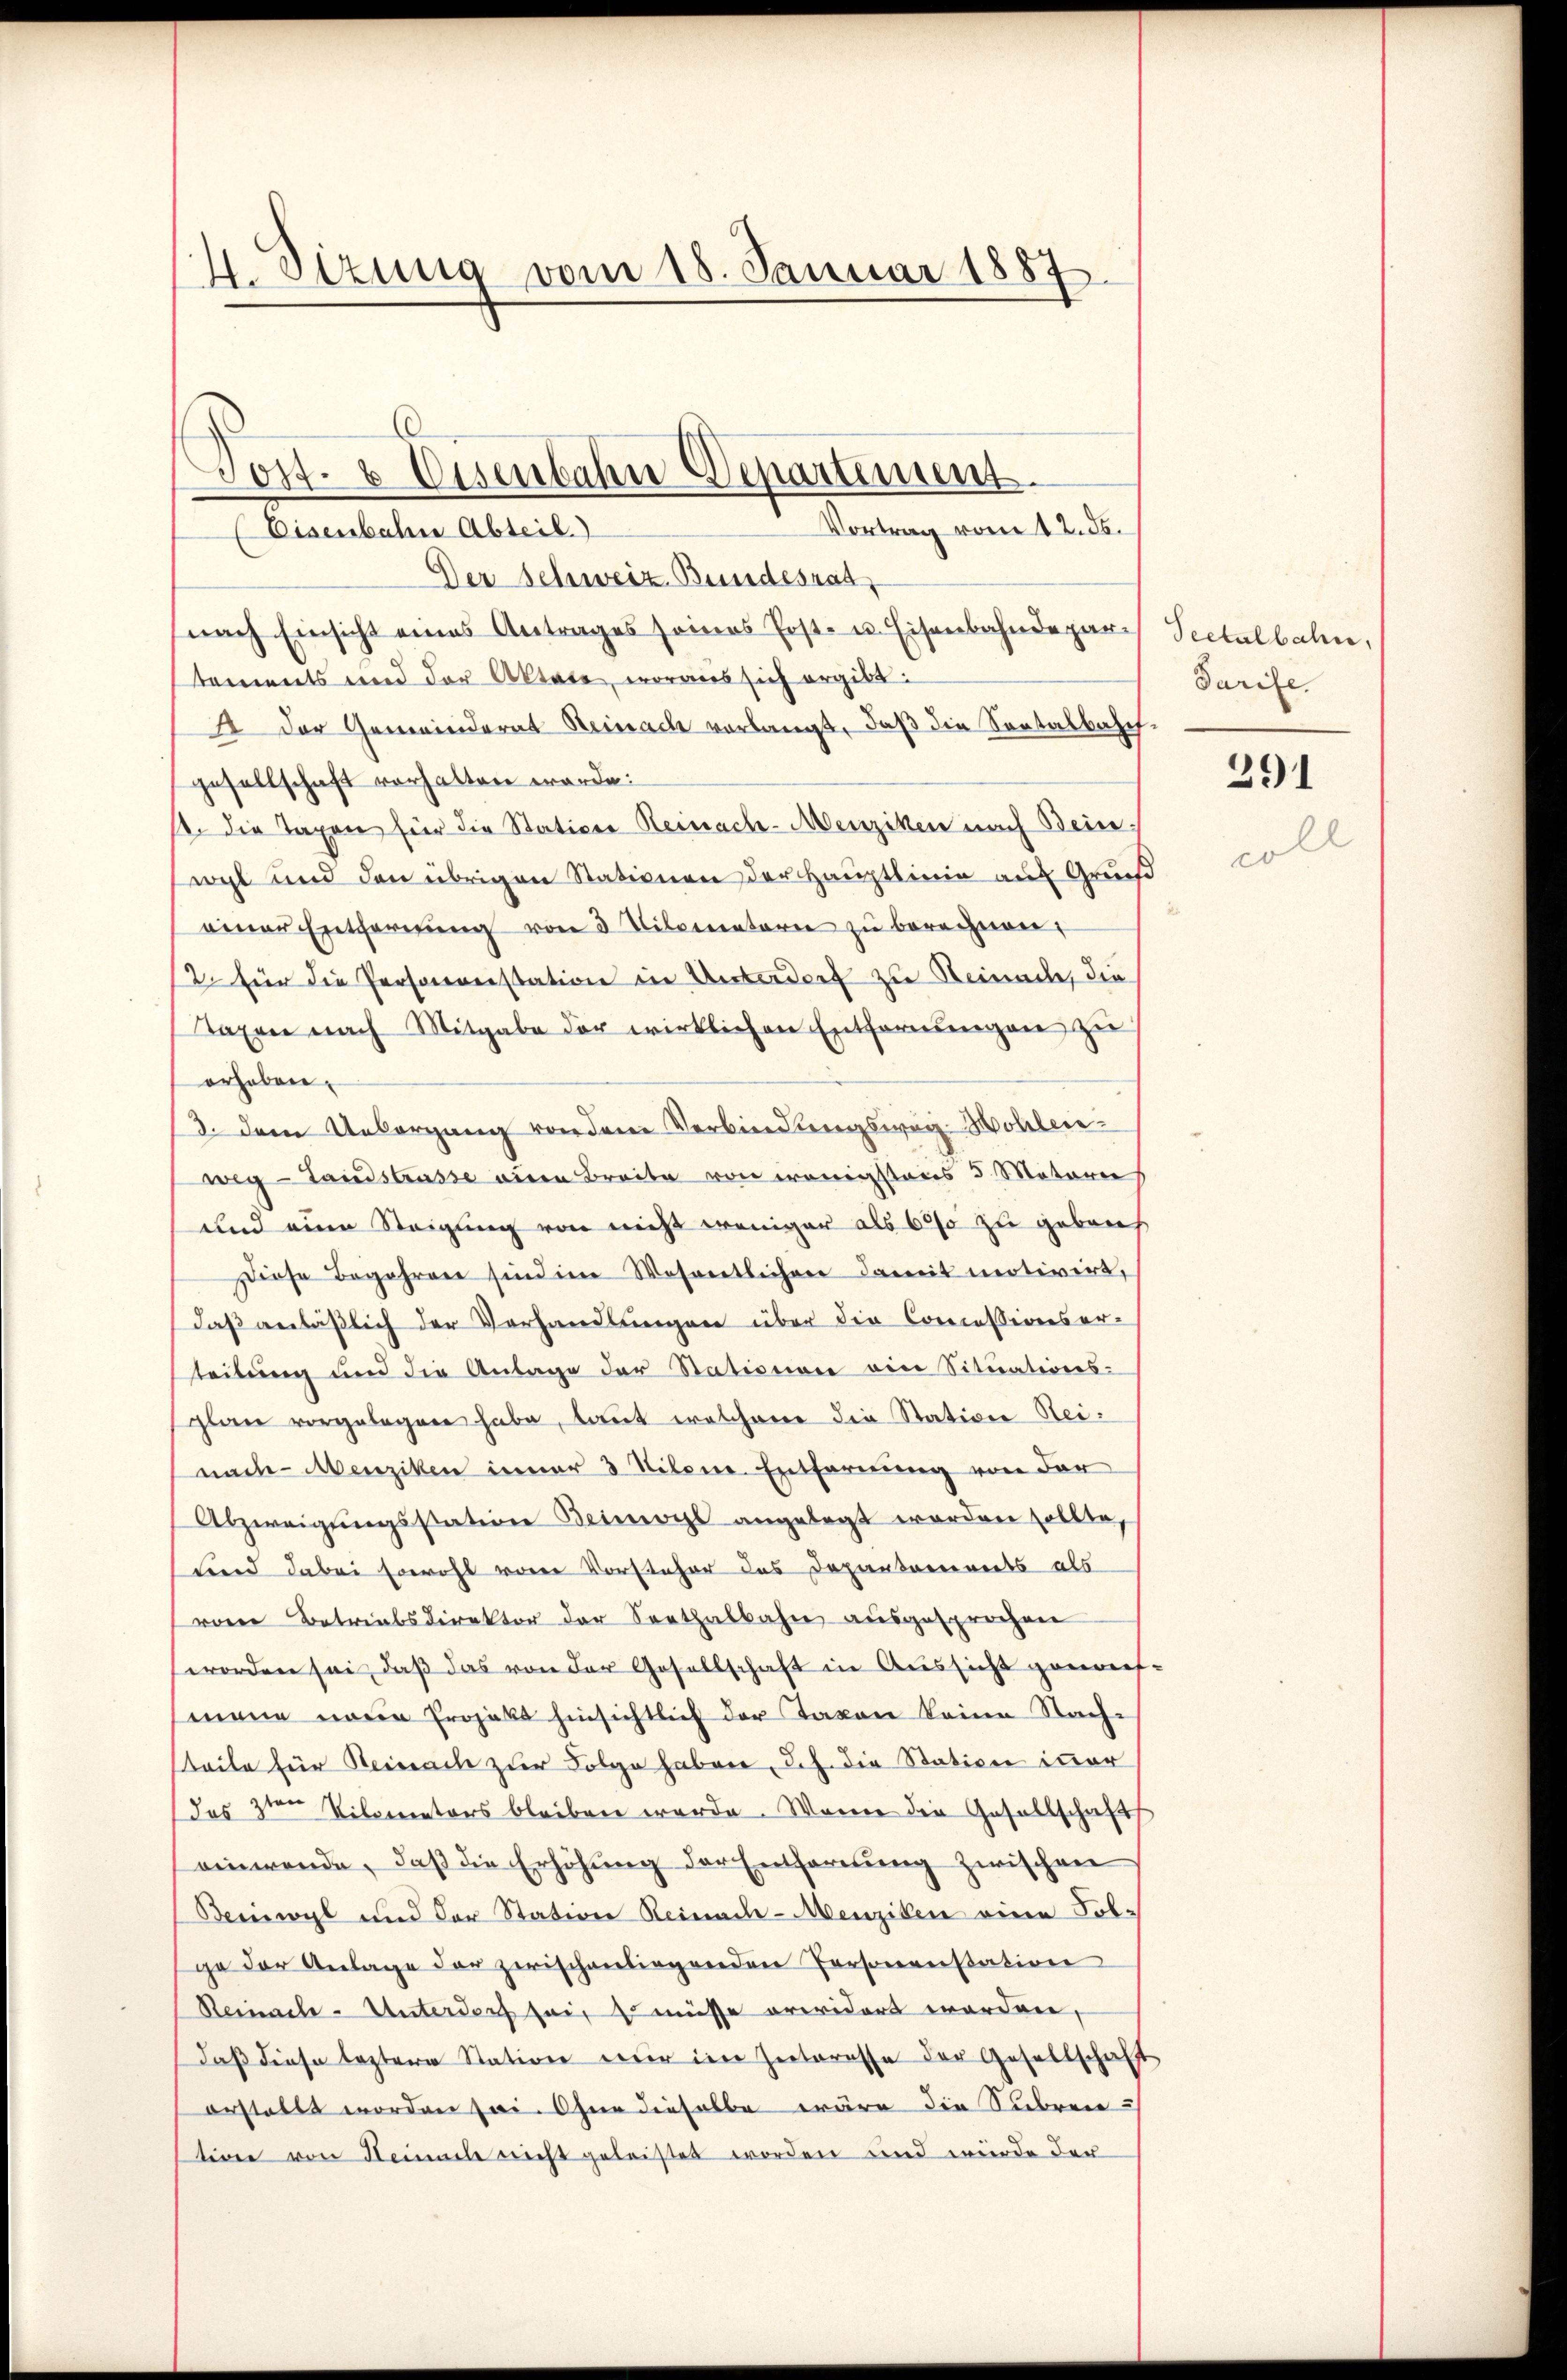
4. Sizung vom 18. Januar 1887

Vortrag vom 12. ds.
(Eisenbahn Abteil.
Der Schweiz. Bundesrat
nach Einsicht eines Antrages seines Post- u. Eisenbahndepartements und der Aktate, woraus sich ergibt:
2 der Gemeinderat Reinach verlangt, daß die Sortalbahnfgesellschaft verhalten werde:
s. die Taxen fier die Stations Reinach-Menziken nach Beinwyl und den übrigen Stationen der Hauptlinie auf Gruef
einer Entfernŭng von 3 Kilometerie zu berechnen.
12. Für die Personenstation in Unterdorf zu Reimache, die
Taxen nach Mitgabe der wirklichen Entfernungen zu
erheben.
3. dem Uebergang von dem Verbindungswag-Mohler-
weg - Landstrasse einen Breite von wenigstens 5. Materie
und eine Steigung von nicht weniger als 600 zu gebenh
Diese Begehren sind im Wesentlicher damit motivirt,
daß anläßlich der Verhandlungen über die Concessionser-
teilung und die Anlage der Stationen ein Situations-
plan vorgelegen habe, laut welchem die Station Seinach Menziken inner 3 Stilen. Entfernung von der
Abzweigungsstation Bermocht angelegt worden sollte
und dabei sowohl von Vorsteher des Dopanturinets als
vom Betriebsdirektor der Sorthalbahn ausgesprochen
worden sei, daß das von der Gesellschaft in Aussicht genach
mane neue Projekt hinsichtlich der Taxon keine Nach-
teile für Reinach zur Folge haben, d. h. die Station iner
das 3ten Vilarators bleiben werde. Wenn die Gesellschaft
einwende, daβ die Erhöhŭng der Entfernung zwischen
Beinwyl und der Station Reinach-Menziken eine Folge der Anlage der zwischenliegenden Personenstation
Reinach-Unterdorf sein Er müsse erwidert worden,
daß diese leztere Station wir im Zeiteresse der Gesellschaft
orstellt worden sei. Ohne dieselbe wäre die Subren-
tione von Heimente nicht geleistet worden und wurde der

Post- & Eisenbahn-Departement

Peetalbahn,
Tarife

391